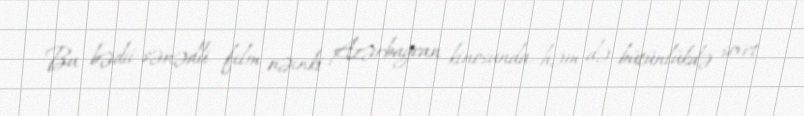
Bu bədii-sənədli film nəinki Azərbaycan kinosunda, həm də bütünlükdə sovet